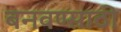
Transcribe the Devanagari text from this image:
बनवण्साठी